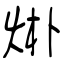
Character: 烞